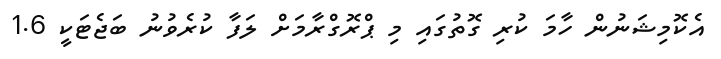
އެކޮމިޝަނުން ހާމަ ކުރި ގޮތުގައި މި ޕްރޮގްރާމަށް ލަފާ ކުރެވުނު ބަޖެޓަކީ 1.6